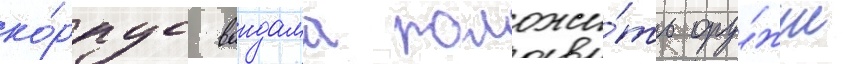
ко́рпус вандама положи́ть ору́жие